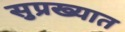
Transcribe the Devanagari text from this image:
सुप्रख्यात